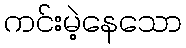
ကင်းမဲ့နေသော